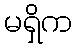
မရှိက